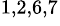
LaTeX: ^{1,2,6,7}